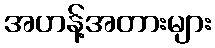
အဟန့်အတားများ